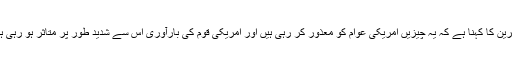
ماہرین کا کہنا ہے کہ یہ چیزیں امریکی عوام کو معذور کر رہی ہیں اور امریکی قوم کی بارآوری اس سے شدید طور پر متاثر ہو رہی ہے۔